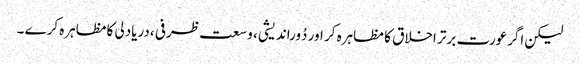
لیکن اگرعورت برتر اخلاق کا مظاہرہ کر اور دُوراندیشی ، وسعت ظرفی ،دریادلی کامظاہرہ کرے ۔